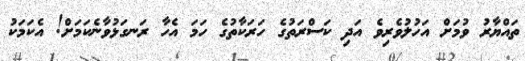
ތައްޔާރު ވުމަށް އަހުލުވެރިވެ އަދި ކަސްރަތުގެ ހަރަކާތުގެ ހަމަ އެހާ ރަނގަަޅުވާނެކަމަށް! އެކަމަކު